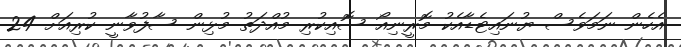
އެހެން ނަމަވެސް ޔުނައިޓެޑާއެކު މޮރީނިއޯ ސޮއިކުރި މުއްދަތު މުޅިން ސާފުވާނީ ކުރިއަށް 24